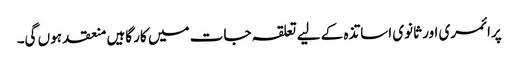
پرائمری اور ثانوی اساتذہ کے لیے تعلقہ جات میں کار گاہیں منعقد ہوں گی۔